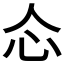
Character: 𰐼